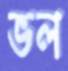
ভল